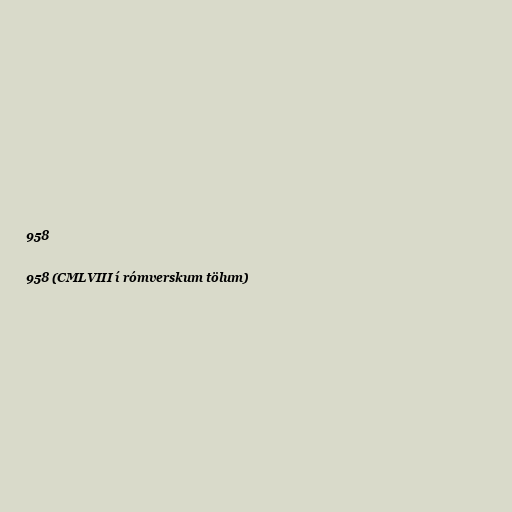
958

958 (CMLVIII í rómverskum tölum)